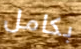
بكامل